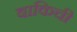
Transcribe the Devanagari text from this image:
बाकिची